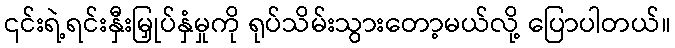
၎င်းရဲ့ရင်းနှီးမြှုပ်နှံမှုကို ရုပ်သိမ်းသွားတော့မယ်လို့ ပြောပါတယ်။